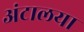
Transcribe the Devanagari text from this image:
अंटालया